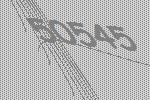
50545